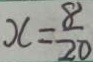
x = \frac { 8 } { 2 0 }